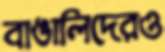
বাঙালিদেরও